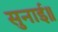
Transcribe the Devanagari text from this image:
सुनाई॥